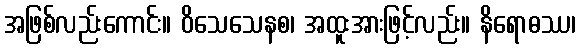
အဖြစ်လည်းကောင်း။ ဝိသေသေနစ၊ အထူးအားဖြင့်လည်း။ နိရောဓဿ၊